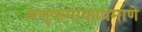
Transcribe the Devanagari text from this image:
अणुक्रमांकाप्रमाणे